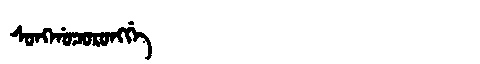
Manchu: ᠰᠣᠩᡤᠣᠴᠣᡵᠣᠩᡤᡝ
Romanization: SONGGOCORONGGE